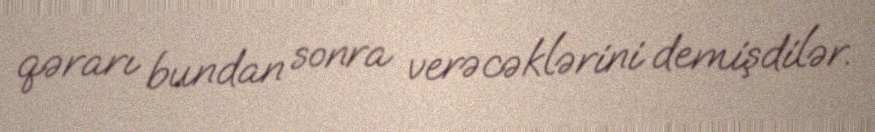
qərarı bundan sonra verəcəklərini demişdilər.